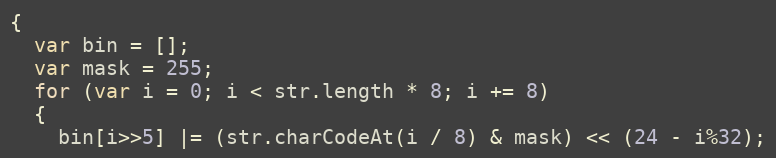
Language: JavaScript
{
  var bin = [];
  var mask = 255;
  for (var i = 0; i < str.length * 8; i += 8)
  {
    bin[i>>5] |= (str.charCodeAt(i / 8) & mask) << (24 - i%32);